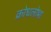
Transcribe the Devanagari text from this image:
क्रोधलोभा